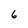
Character: 6